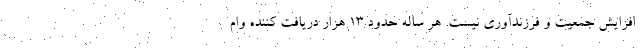
افزایش جمعیت و فرزندآوری نیست. هر ساله حدود ۱۳ هزار دریافت کننده وام